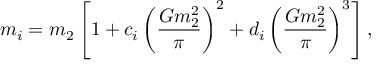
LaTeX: m _ { i } = m _ { 2 } \left[ 1 + c _ { i } \left( \frac { G m _ { 2 } ^ { 2 } } { \pi } \right) ^ { 2 } + d _ { i } \left( \frac { G m _ { 2 } ^ { 2 } } { \pi } \right) ^ { 3 } \right] ,